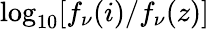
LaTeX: \log_{10}[f_{\nu}(i)/f_{\nu}(z)]